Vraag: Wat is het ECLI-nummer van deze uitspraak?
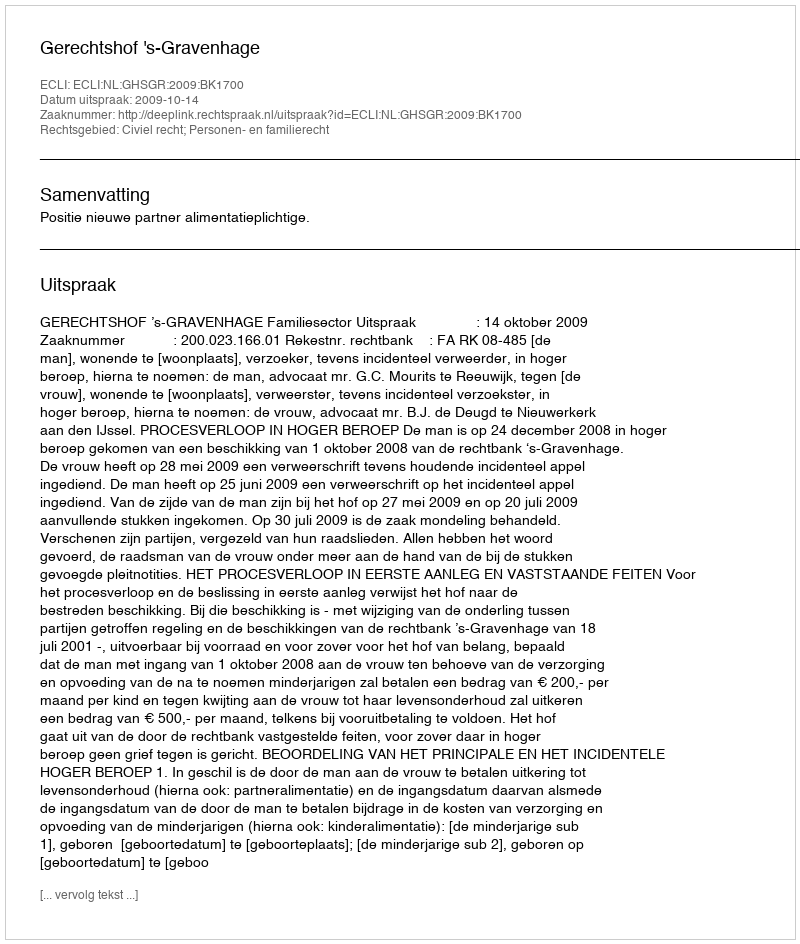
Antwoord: ECLI:NL:GHSGR:2009:BK1700